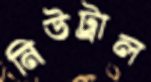
নিউট্রাল